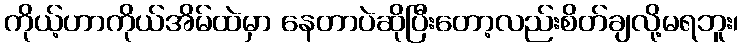
ကိုယ့်ဟာကိုယ်အိမ်ထဲမှာ နေတာပဲဆိုပြီးတော့လည်းစိတ်ချလို့မရဘူး၊